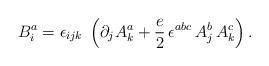
LaTeX: \begin{align*}B^a_i = \epsilon_{ijk}\; \left( \partial_j A^a_k + \frac{e}{2}\,\epsilon^{abc}\,A^b_j\,A^c_k \right) .\end{align*}